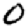
Digit: 0